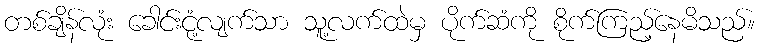
တစ်ချိန်လုံး ခေါင်းငုံ့လျက်သာ သူ့လက်ထဲမှ ပိုက်ဆံကို စိုက်ကြည့်နေမိသည်။